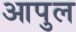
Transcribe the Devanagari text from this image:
आपुल